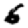
Digit: 6